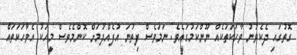
ގޮތުގައި ދެކެވުނު ވާހަކަތަކެއް ނޫންކަމުގައެވެ. ނަމަވެސް ފިތުނަ އުފެއްދުމަށް ކޮންމެވެސް މީހަކު އެވާހަކަތައް